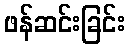
ဖန်ဆင်းခြင်း